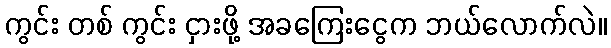
ကွင်း တစ် ကွင်း ငှားဖို့ အခကြေးငွေက ဘယ်လောက်လဲ။